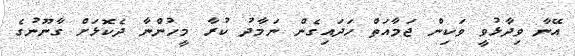
އޭނާ ވިދާޅުވީ ވަކިން ޖަމާއަތް ހަދައިގެން ނަމާދު ކުރާ މީހުންނާ ދެކޮޅަށް ގާނޫނުގެ